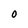
Character: 0